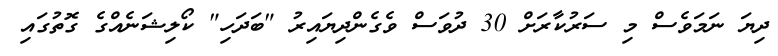
ދިޔަ ނަމަވެސް މި ސަރުކާރަށް 30 ދުވަސް ވެގެންދިޔައިރު "ބަދަހި" ކޯލިޝަނެއްގެ ގޮތުގައި